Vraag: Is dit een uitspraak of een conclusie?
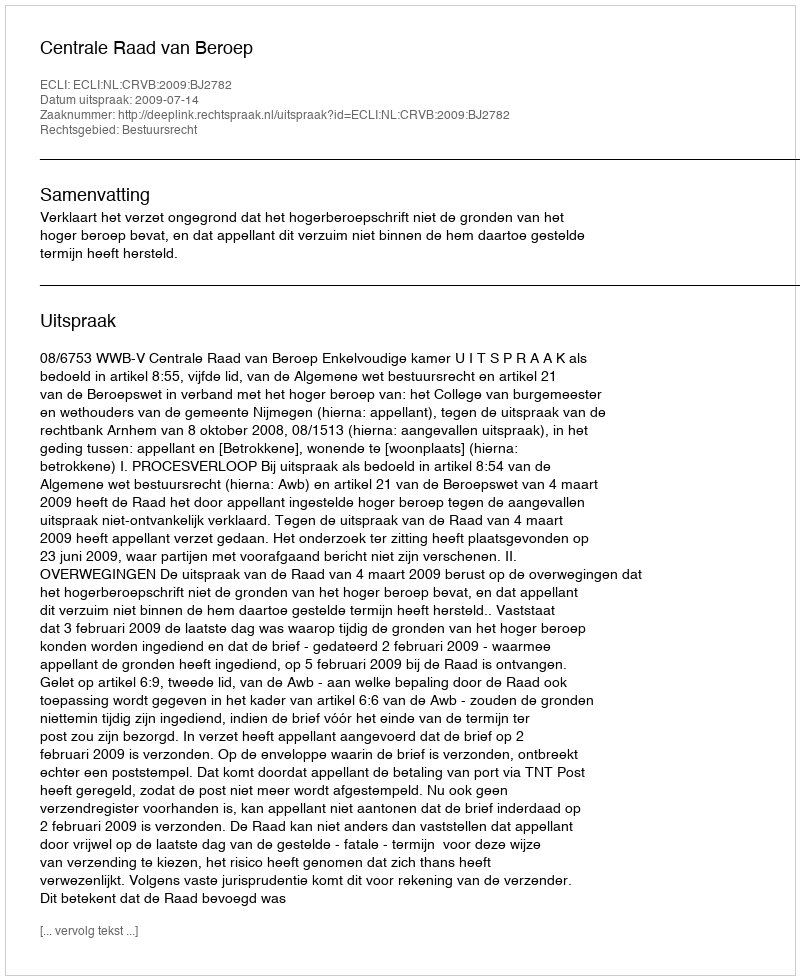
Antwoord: Uitspraak